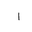
Letter: _alif